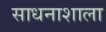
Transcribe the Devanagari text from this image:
साधनाशाला